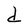
Character: d